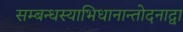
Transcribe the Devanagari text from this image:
सम्बन्धस्याभिधानान्तोदनाद्वा